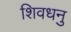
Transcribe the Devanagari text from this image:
शिवधनु